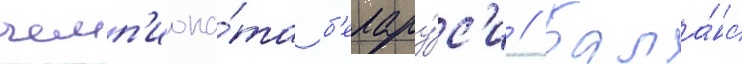
чемп'иона́та б'елару́с'и // Бала́нс